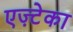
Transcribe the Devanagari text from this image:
एज़्टेका